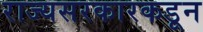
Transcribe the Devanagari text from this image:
राज्यसरकारकडून